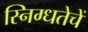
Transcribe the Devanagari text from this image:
स्निग्धतेचें